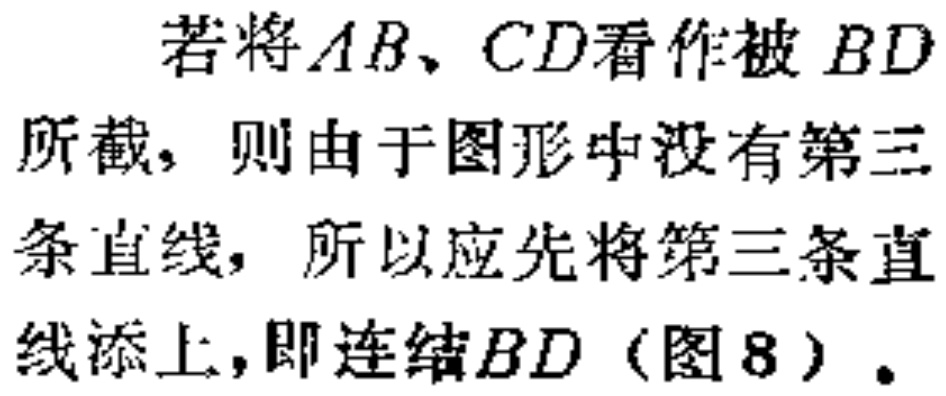
若将\(AB\)、\(CD\)看作被 \(BD\)所截，则由于图形中没有第三条直线，所以应先将第三条直线添上，即连结\(BD\)（图8）。